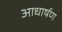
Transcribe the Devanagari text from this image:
आधार्षण